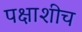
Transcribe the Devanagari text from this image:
पक्षाशीच